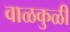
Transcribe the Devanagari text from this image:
वाळकुळी